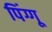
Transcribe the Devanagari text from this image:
पिंग्गू